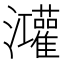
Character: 𭳼